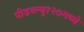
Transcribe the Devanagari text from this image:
पीडब्ल्यु१२७मध्ये